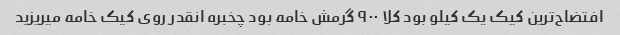
افتضاح‌ترین کیک یک کیلو بود کلا ۹۰۰ گرمش خامه بود چخبره انقدر روی کیک خامه میریزید